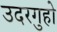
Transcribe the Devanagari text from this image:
उदरगुहो